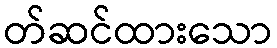
တ်ဆင်ထားသော